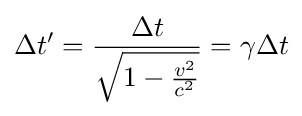
\Delta t'={\frac {\Delta t}{\sqrt {1-{\frac {v^{2}}{c^{2}}}}}}={\gamma }{\Delta t}